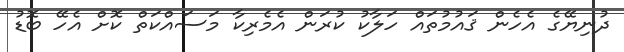
ދުނިޔޭގެ އެހެން ޤައުމުތައް ހަލާކު ކުރަން އެމެރިކާ މަސައްކަތް ކޮށް އެހޭ ބޮޑު